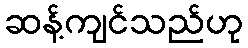
ဆန့်ကျင်သည်ဟု